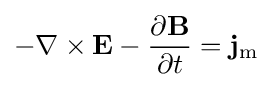
-\nabla \times \mathbf {E} -{\frac {\partial \mathbf {B} }{\partial t}}=\mathbf {j} _{\mathrm {m} }